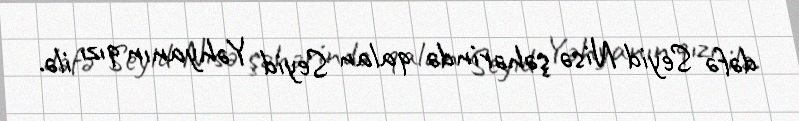
dəfə Seyid Nisə şəhərində qalan Seyid Yəhyanın qızı ilə.